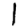
Digit: 1